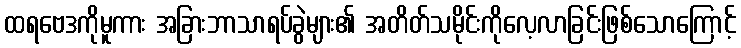
ထရဗေဒကိုမူကား အခြားဘာသာရပ်ခွဲများ၏ အတိတ်သမိုင်းကိုလေ့လာခြင်းဖြစ်သောကြောင့်